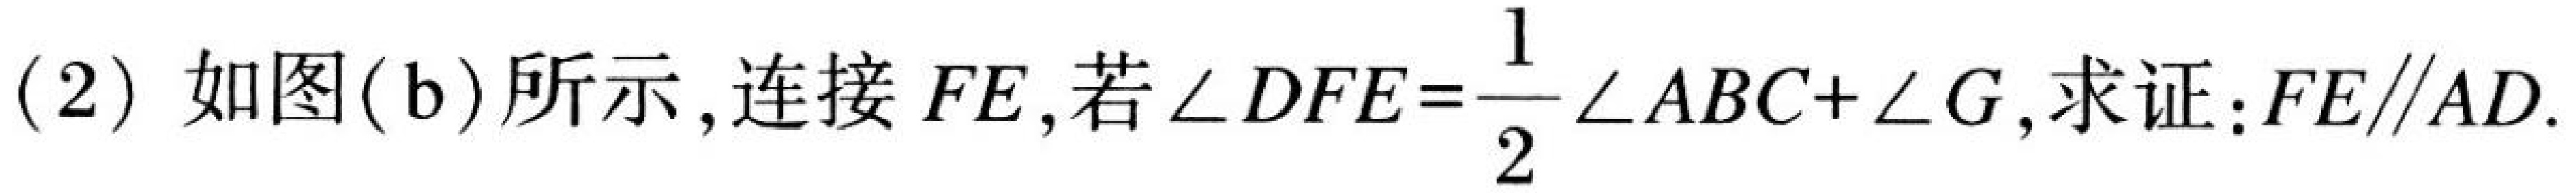
(2) 如图(b)所示，连接 \(FE\)，若\(\angle DFE=\dfrac{1}{2}\angle ABC + \angle G\)，求证：\(FE\parallel AD\).